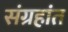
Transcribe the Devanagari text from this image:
संग्रहांत